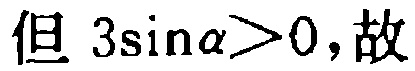
但 \(3\sin\alpha>0\)，故